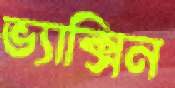
ভ্যাক্সিন